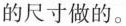
的尺寸做的。